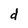
Character: d